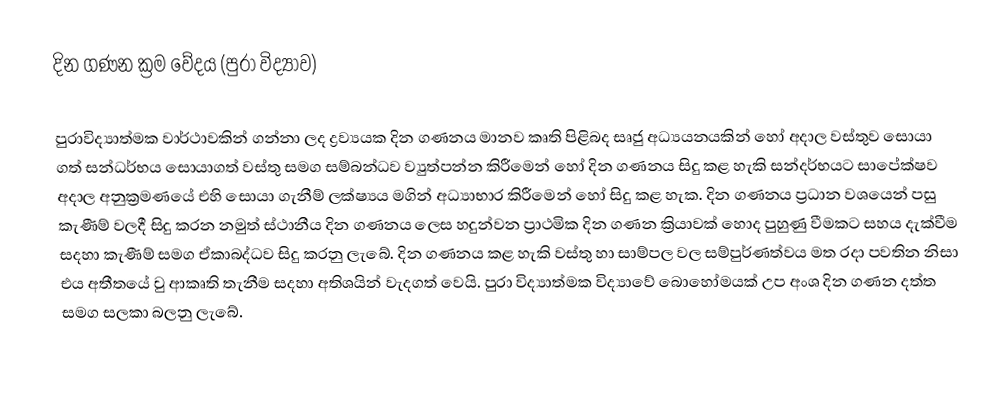
දින ගණන ක්‍රම වේදය (පුරා විද්‍යාව)

පුරාවිද්‍යාත්මක වාර්ථාවකින් ගන්නා ලද ද්‍රව්‍යයක දින ගණනය මානව කෘති පිළිබද සෘජු අධ්‍යයනයකින් හෝ අදාල වස්තුව සොයා ගත් සන්ධර්භය සොයාගත් වස්තු සමග සම්බන්ධව ව්‍යුත්පන්න කිරීමෙන් හෝ දින ගණනය සිදු කළ හැකි සන්දර්භයට සාපේක්ෂව අදාල අනුක්‍රමණයේ එහි සොයා ගැනීම් ලක්ෂ්‍යය මගින් අධ්‍යාභාර කිරීමෙන් හෝ සිදු කළ හැක. දින ගණනය ප්‍රධාන වශයෙන් පසු කැණීම් වලදී සිදු කරන නමුත් ස්ථානීය දින ගණනය ලෙස හදුන්වන ප්‍රාථමික දින ගණන ක්‍රියාවක් හොද පුහුණු වීමකට සහය දැක්වීම සදහා කැණීම් සමග ඒකාබද්ධව සිදු කරනු ලැබේ. දින ගණනය කළ හැකි වස්තු හා සාම්පල වල සම්පුර්ණත්වය මත රදා පවතින නිසා එය අතීතයේ වු ආකෘති තැනීම සදහා අතිශයින් වැදගත් වෙයි. පුරා විද්‍යාත්මක විද්‍යාවේ බොහෝමයක් උප අංශ දින ගණන දත්ත සමග සලකා බලනු ලැබේ.